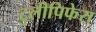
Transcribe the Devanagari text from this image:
टुलीपिफेरा